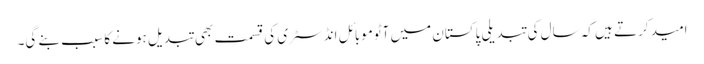
امید کرتے ہیں کہ سال کی تبدیلی پاکستان میں آٹوموبائل انڈسٹری کی قسمت بھی تبدیل ہونے کا سبب بنے گی۔